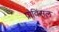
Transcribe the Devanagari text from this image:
प्रोविंसल